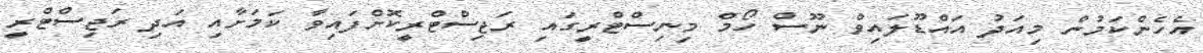
އެހެންކަމުން މިއަދު އައްޑޫލައިވް ނޫސް ހޯމް މިނިސްޓްރީގައި ރަޖިސްޓްރީކޮށްފައިވާ ކަމަށާއި އަދި ރަޖިސްޓްރީ